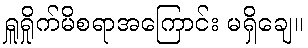
ရှူရှိုက်မိစရာအကြောင်း မရှိချေ။